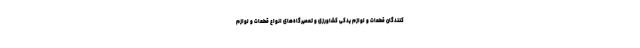
کنندگان قطعات و لوازم یدکی کشاورزی و تعمیرگاه‌های انواع قطعات و لوازم